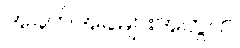
အခက်အခဲများအတွက်